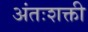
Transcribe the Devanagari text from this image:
अंतःशक्ती